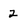
Character: 2